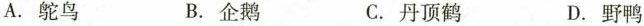
A.鸵鸟 B.企鹅 C.丹顶鹤 D.野鸭